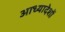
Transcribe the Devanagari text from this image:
आध्यादेशों